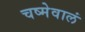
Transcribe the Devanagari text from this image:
चष्मेवालं